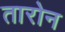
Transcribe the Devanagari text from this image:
तारोन